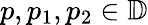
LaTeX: {p,p_{1},p_{2}\in\mathbb{D}}